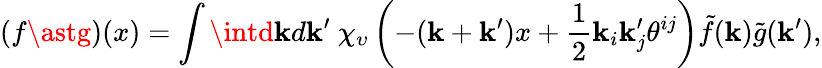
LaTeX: (f\astg)(x)=\int\intd\mathbf{k}d\mathbf{k}^{\prime}\ \chi_{\upsilon}\left(-(\mathbf{k}+\mathbf{k}^{\prime})x+\frac{1}{2}\mathbf{k}_{i}\mathbf{k}_{j}^{\prime}\theta^{ij}\right)\tilde{{f}}(\mathbf{k})\tilde{{g}}(\mathbf{k}^{\prime}),